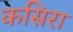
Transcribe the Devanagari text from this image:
कसिरा